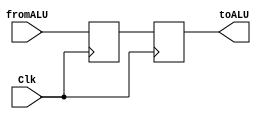
module hiloReg(fromALU, toALU, Clk);
    input Clk;
    input [31:0] fromALU;
    
    reg [31:0] val;
    
    output reg [31:0] toALU;
    
    always @(posedge Clk) begin
        val <= fromALU;
    end
    
    always @(negedge Clk) begin
        toALU <= val;
    end
endmodule